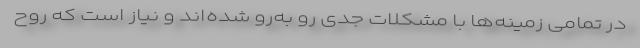
در تمامی زمینه‌ها با مشکلات جدی رو به‌رو شده‌اند و نیاز است که روح